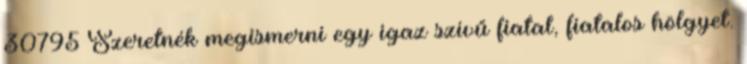
30795 Szeretnék megismerni egy igaz szívű fiatal, fiatalos hölgyet.